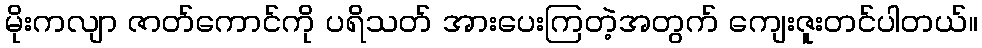
မိုးကလျာ ဇာတ်ကောင်ကို ပရိသတ် အားပေးကြတဲ့အတွက် ကျေးဇူးတင်ပါတယ်။